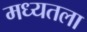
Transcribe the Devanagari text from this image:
मध्यतला